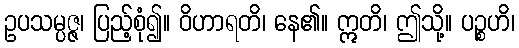
ဥပသမ္ပဇ္ဇ၊ ပြည့်စုံ၍။ ဝိဟာရတိ၊ နေ၏။ ဣတိ၊ ဤသို့။ ပဉ္စဟိ၊